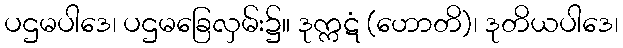
ပဌမပါဒေ၊ ပဌမခြေလှမ်း၌။ ဒုက္ကဋံ (ဟောတိ)၊ ဒုတိယပါဒေ၊